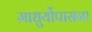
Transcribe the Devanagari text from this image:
माधुर्योपासना